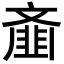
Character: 齑